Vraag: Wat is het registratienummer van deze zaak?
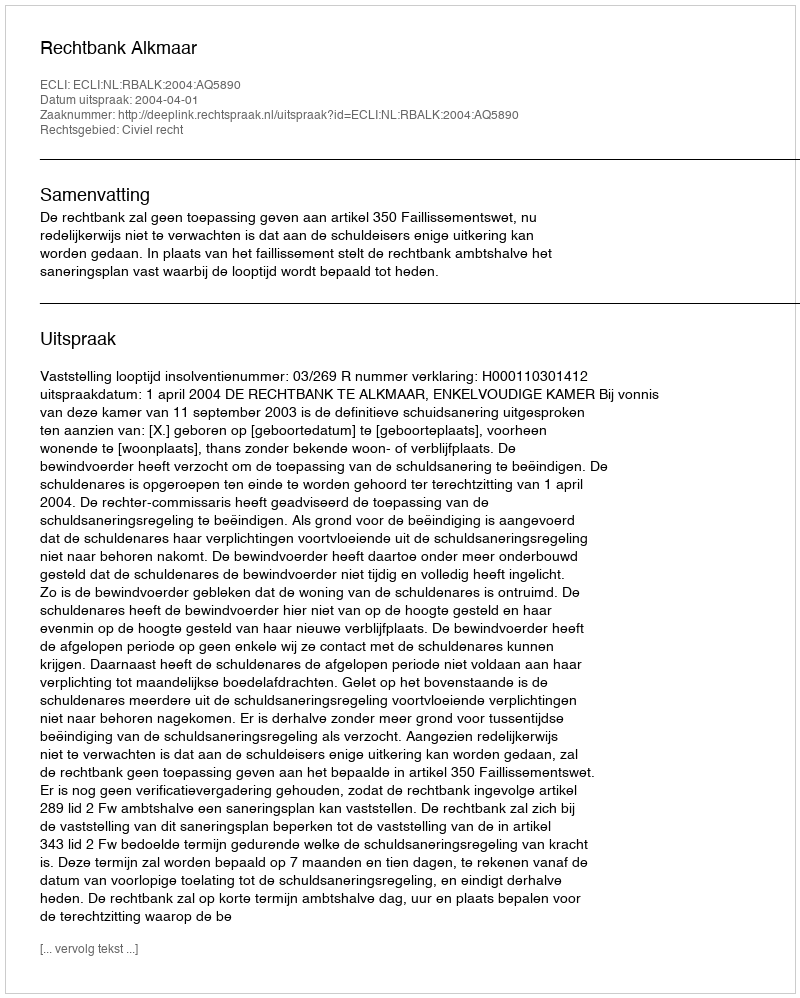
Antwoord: http://deeplink.rechtspraak.nl/uitspraak?id=ECLI:NL:RBALK:2004:AQ5890